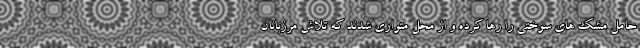
حامل مشک های سوختی را رها کرده و از محل متواری شدند که تلاش مرزبانان